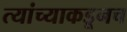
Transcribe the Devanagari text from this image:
त्‍यांच्याकडूनच